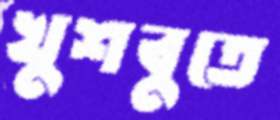
খুশবুতে